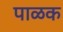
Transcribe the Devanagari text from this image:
पाळक